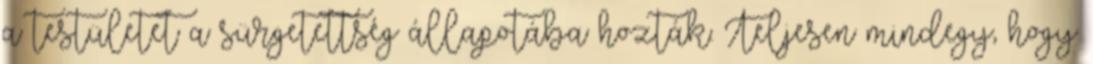
a testületet a sürgetettség állapotába hozták. Teljesen mindegy, hogy